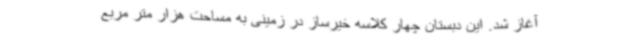
آغاز شد. این دبستان چهار کلاسه خیرساز در زمینی به مساحت هزار متر مربع